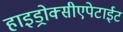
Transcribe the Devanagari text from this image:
हाइड्रोक्सीएपेटाईट